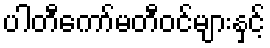
ပါတီကော်မတီဝင်များနှင့်